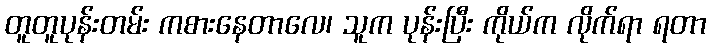
တူတူပုန်းတမ်း ကစားနေတာလေ၊ သူက ပုန်းပြီး ကိုယ်က လိုက်ရာ ရတာ